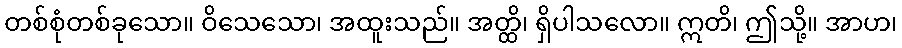
တစ်စုံတစ်ခုသော။ ဝိသေသော၊ အထူးသည်။ အတ္ထိ၊ ရှိပါသလော။ ဣတိ၊ ဤသို့။ အာဟ၊